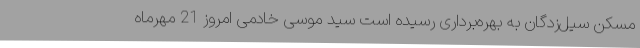
مسکن سیل‌زدگان به بهره‌برداری رسیده است سید موسی خادمی امروز 21 مهرماه